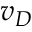
v _ { D }